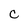
Character: c